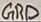
Text: GRD